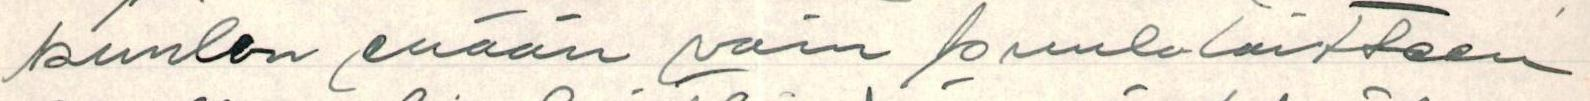
kuulen enään vain kuulolaitteen